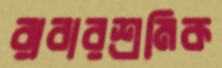
রাবারশ্রমিক